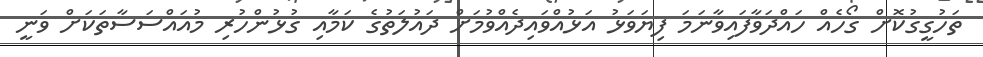
ތަހުގީގުކޮށް ގޯހެއް ހައްދަވާފައިވާނަމަ ފިޔަވަޅު އަޅުއްވައިދެއްވުމަށް ދައުލަތުގެ ކަމާއި ގުޅުންހުރި މުއައްސަސާތަކަށް ވަނީ